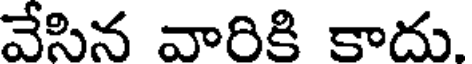
వేసిన వారికి కాదు.